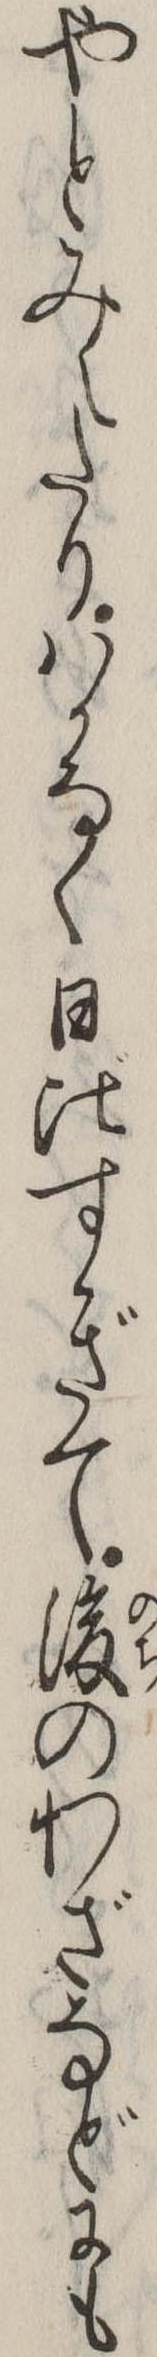
やとみえたりはかなく日比すぎて後のわざなどにも